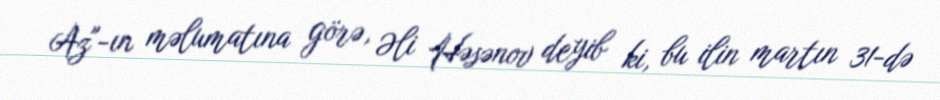
Az"-ın məlumatına görə, Əli Həsənov deyib ki, bu ilin martın 31-də